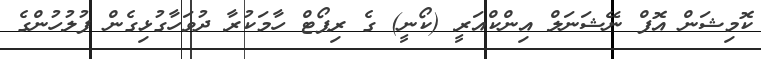
ކޮމިޝަން އޮފް ނޭޝަނަލް އިންކްއަރީ (ކޯނީ) ގެ ރިޕޯޓް ހާމަކުރާ ދުވަހާގުޅިގެން ފުލުހުންގެ